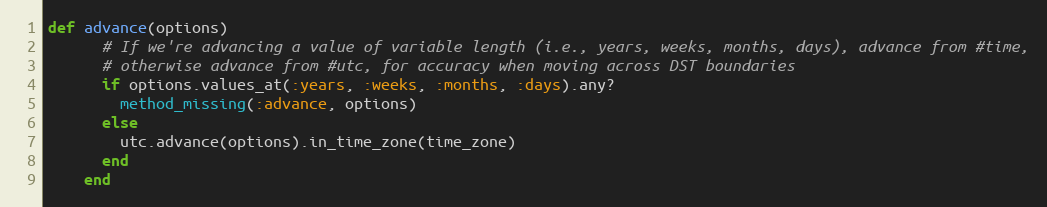
Language: Ruby
def advance(options)
      # If we're advancing a value of variable length (i.e., years, weeks, months, days), advance from #time,
      # otherwise advance from #utc, for accuracy when moving across DST boundaries
      if options.values_at(:years, :weeks, :months, :days).any?
        method_missing(:advance, options)
      else
        utc.advance(options).in_time_zone(time_zone)
      end
    end